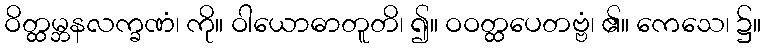
ဝိတ္ထမ္ဘနလက္ခဏံ၊ ကို။ ဝါယောဓာတူတိ၊ ၍။ ဝဝတ္ထပေတဗ္ဗံ၊ ၏။ ကေသေ၊ ၌။